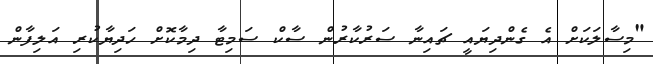
"މިސާލަކަށް އެ ގެންދިޔައީ ޗައިނާ ސަރުކާރުން ސާކް ސަމިޓާ ދިމާކޮށް ހަދިޔާކުރި އަލިފާން